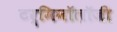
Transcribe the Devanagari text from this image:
टर्मिनॉलॉजी